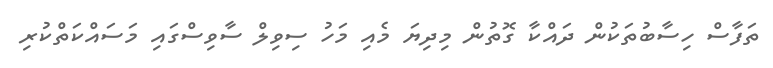
ތަފާސް ހިސާބުތަކުން ދައްކާ ގޮތުން މިދިޔަ މެއި މަހު ސިވިލް ސާވިސްގައި މަސައްކަތްކުރި